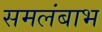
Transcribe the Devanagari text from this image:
समलंबाभ